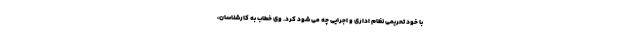
با خود تحریمی نظام اداری و اجرایی چه می شود کرد. وی خطاب به کارشناسان،